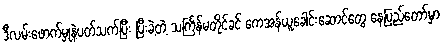
ဒီလမ်းဖောက်မှုနဲ့ပတ်သက်ပြီး ပြီးခဲ့တဲ့ သင်္ကြန်မတိုင်ခင် ကေအန်ယူခေါင်းဆောင်တွေ နေပြည်တော်မှာ